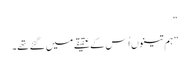
“
”ہم تینوں اُس کے عقیقے میں گئے تھے۔